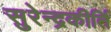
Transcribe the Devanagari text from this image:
सुरेन्द्रकीर्ति